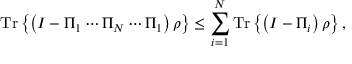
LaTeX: { \mathrm { T r } } \left\{ \left( I - \Pi _ { 1 } \cdots \Pi _ { N } \cdots \Pi _ { 1 } \right) \rho \right\} \leq \sum _ { i = 1 } ^ { N } { \mathrm { T r } } \left\{ \left( I - \Pi _ { i } \right) \rho \right\} ,